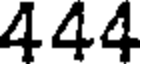
444